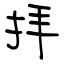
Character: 拝